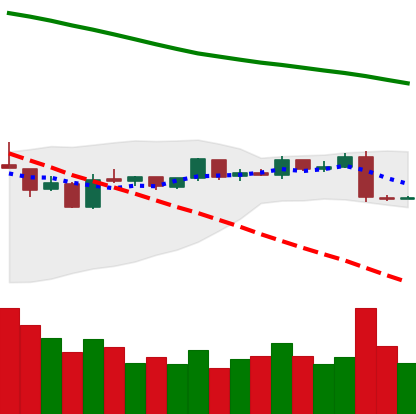
Ticker: EOS-USD
Chart end date: 2019-01-12
Forward return: 3.625%
Label: up_3_5